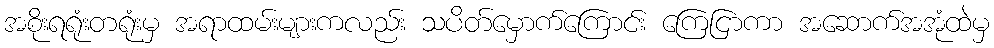
အစိုးရရုံးတရုံးမှ အရာထမ်းများကလည်း သပိတ်မှောက်ကြောင်း ကြေငြာကာ အဆောက်အအုံထဲမှ